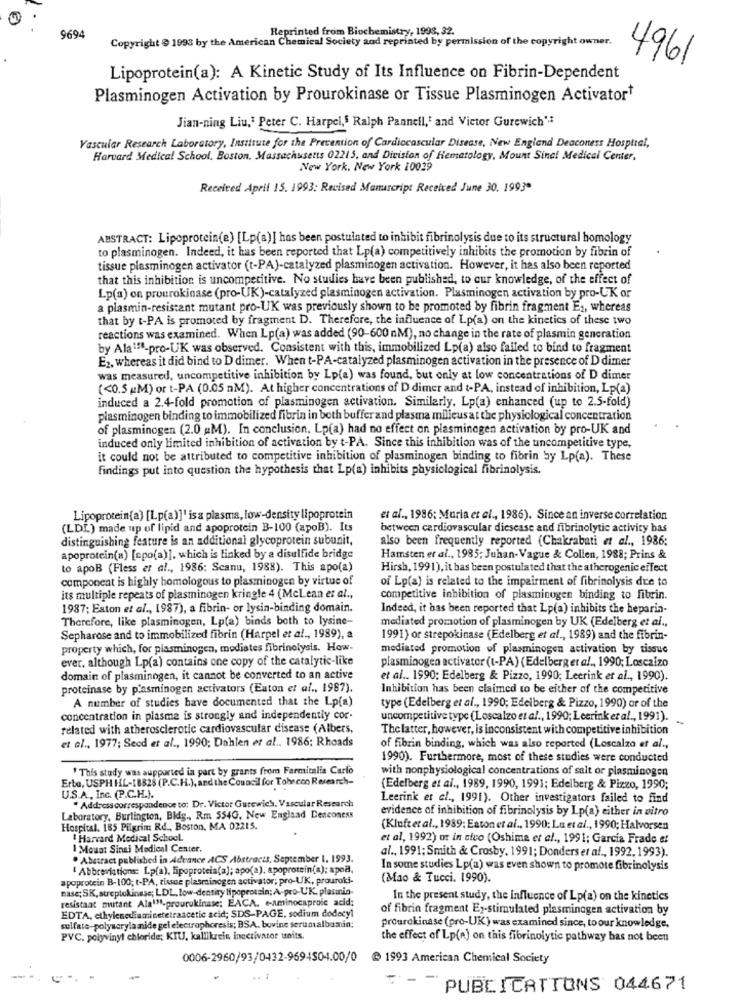
Reprinted from Biochemistry, 1998, 32.
9694
Copyright @ 1993 by the American Chemical Society and reprinted by permission of the copyright owner.
4961
Lipoprotein(a): A Kinetic Study of Its Influence on Fibrin-Dependent
Plasminogen Activation by Prourokinase or Tissue Plasminogen Activatort
Jian-ning Liu,' Peter C. Harpel,5 Ralph Paanell,' and Victor Gurewich'
Vascular Research Laboratory, Insittute for the Prevention of Cardiovascular Disease, New England Deaconess Hosptial,
Harvard Medical School. Boston, Massachusetts 02215, and Division of Hematology, Mount Sinai Medical Center,
New York, New York 10029
Received April 15. 1993: Revised Manuscript Received June 30. 1993"
ABSTRACT: Lipoprotein(e) [Lp(a)] has been postulated to inhibit fibrinolysis due to its structural homology
to plasminogen. Indeed, it has been reported that Lp(a) competitively inhibits the promotion by fibrin of
tissue plasminogen activator (t-PA)-catalyzed plasminogen activation. However, it has also been reported
that this inhibition is uncompetitive. No studies have been published, to our knowledge, of the effect of
Lp(a) on prourokinase (pro-UK)-catalyzed plasminogen activation. Plasminogen activation by pro-UK or
a plasmin-resistant mutant pro-UK was previously shown to be promoted by fibrin fragment E ,, whereas
that by t-PA is promoted by fragment D. Therefore, the influence of Lp(a) on the kinetics of these two
reactions was examined. When Lp(a) was added (90-600 nM), no change in the rate of plasmin generation
by Ala18-pro-UK was observed. Consistent with this, immobilized Lp(a) also failed to bind to fragment
E2, whereas it did bind to D dimer. When t-PA-catalyzed plasminogen activation in the presence of D dimer
was measured, uncompetitive inhibition by Lp(a) was found, but only at low concentrations of D dimer
(<0.5 MM) or t-PA (0.05 M). At higher concentrations of D dimer and t-PA, instead of inhibition, Lp(a)
induced a 2.4-fold promotion of plasminogen activation. Similarly. Lp(a) enhanced (up to 2.5-fold)
plasminogen binding to immobilized fibrin in both buffer and plasma milieus at the physiological concentration
of plasminogen (2.0 M). In conclusion, Lp(a) had no effect on plasminegen activation by pro-UK and
induced only limited inhibition of activation by t-PA. Since this inhibition was of the uncompetitive type,
it could not be attributed to competitive inhibition of plasminogen binding to fibrin by Lp(a). These
findings put into question the hypothesis that Lp(a) inhibits physiological fibrinolysis.
Lipoprotein(a) [Lp(a)]' is a plasma, low-density lipoprotein
et al ., 1986; Muria et al ., 1986). Since an inverse correlation
(LDL) made up of lipid and apoprotein B-100 (apoB). Its
between cardiovascular diesease and fibrinolytic activity bas
distinguishing feature is an additional glycoprotein subunit,
also been frequently reported (Chakrabati et al ., 1986:
apoprotein(a) [cpo(a)]. which is linked by a disulfide bridge
Hamsten et al ., 1985; Juhan-Vague & Collen, 1988; Prins &
to apoB (Fless et al ., 1986: Scanu, 1988). This apo(a)
Hirsh, 1991), it has been postulated that the atherogenic effect
component is highly homologous to plasminogen by virtue of
of Lp(a) is related to the impairment of fibrinolysis due to
its multiple repeats of plasminogen kringle 4 (McLean et al .,
competitive inhibition of plasminogen binding to fibrin.
1987; Eaton et al ., 1987), a fibrin- or lysin-binding domain.
Indeed, it has been reported that Lp(a) inhibits the heparin-
Therefore, like plasminogen, Lp(a) binds both to lysine-
mediated promotion of plasminogen by UK (Edelberg et al .,
Sepharose and to immobilized fibrin (Harpel et al ., 1989), a
1991) or strepokinase (Edelberg et al ., 1989) and the fibrin-
property which, for plasminogen, mediates fibrinolysis. How.
mediated promotion of plasminogen activation by tissue
ever. although Lp(a) contains one copy of the catalytic-like
plasminogen activator (t-PA) (Edelberg et al ., 1990; Loscalzo
domain of plasminogen, it cannot be converted to an active
et al .. 1990: Edelberg & Pizzo, 1990; Leerink et al ., 1990).
proteinase by p'asminogen activators (Euton et al ., 1987).
Inhibition has been claimed to be either of the competitive
A number of studies have documented that the Lp(a)
type (Edelberg et al ., 1990; Edelberg & Pizzo, 1990) or of the
concentration in plasma is strongly and independently cor-
uncompetitive type (Loscalzo et al ., 1990; Leerink et al ., 1991).
related with atherosclerotic cardiovascular disease (Albers,
Thelatter, however, is inconsistent with competitive inhibition
et al ., 1977; Secd et al ., 1990; Dahlen et al ., 1986: Rhoads
of fibrin binding, which was also reported (Loscalzo et al .,
1990). Furthermore, most of these studies were conducted
* This study was supported in part by grants from Farmitalia Carlo
with nonphysiological concentrations of sait or plasminogen
Erba, USPH HL-18828 (P.C.H.), and the Council for Tobecon Research-
(Edelberg et al ., 1989, 1990, 1991; Edelberg & Pizzo, 1990;
U.S.A ., Inc. (P.C.H.).
" Address correspondence to: Dr. Victor Gutewich, Vascular Research
Leerink er cl ., 1991). Other investigators failed to find
evidence of inhibition of fibrinolysis by Lp(a) either in vitro
Laboratory, Burlington, Bidig ., Rm 554G, New England Deaconess
Hospital. 185 Pilgrim Rd ., Boston, MA 02215.
(Kluftetal ., 1989; Eaton et al ., 1990; Lu et al ., 1990; Halvorsen
! Harvard Medical School.
et al, 1992) or in sico (Oshima et al ., 1991; Garcia Frade e!
I Mount Sinai Medical Center.
al ., 1991; Smith & Crosby, 1991; Donders et al ., 1992, 1993).
. Abstract published in Advance ACS Abstracts. September 1. 1993.
" Abbreviations: Lp(a), lipoprotein(a); apo(a), apoprotein(a); apoa.
In some studies Lp(a) was even shown to promote fibrinolysis
apoprotein B-100; t-PÅ, tissus plasminogen activator; pro-UK, prouroki-
(Mao & Tucci. 1990).
nase; SK, streptokinase; LDL, low-density lipoprotein; A-pro-UK. plasmnia-
resistaat mutant Ala'-prourukinase; EACA. e-aminocaprole acid;
In the present study, the influence of Lp(a) on the kinetics
EDTA, ethylenediaminetetraacetic acid; SDS-PAGE, sodium dodecyl
of fibrin fragment E2-stimulated plesminogen activation by
sulfate-polyacrylamide gel electrophoresis; BSA. bovine serumalbumin:
prourokinase (pro-UK) was examined since, to our knowledge,
PVC, polyvinyl chloride; KTU, kallikreis inactivator units.
the effect of Lp(a) on this fibrinolytic pathway bas not been
0006-2960/93/0432-9694504.00/0
@ 1993 American Chemical Society
PUBLICATIONS 044671